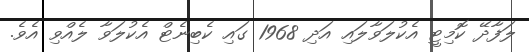
ލަފާދޭ ކޮމިޓީ އެކުލަވާލައި އަދި 1968 ގައި ކެބިނެޓް އެކުލަވާ ލެއްވި އެވެ.